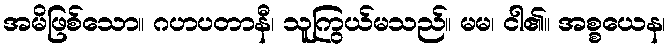
အမိဖြစ်သော။ ဂဟပတာနီ၊ သူကြွယ်မသည်။ မမ၊ ငါ၏။ အစ္စယေန၊